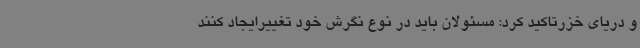
و دریای خزرتاکید کرد: مسئولان باید در نوع نگرش خود تغییرایجاد کنند